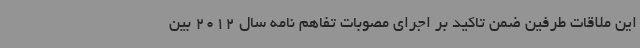
این ملاقات طرفین ضمن تاکید بر اجرای مصوبات تفاهم نامه سال 2012 بین